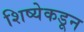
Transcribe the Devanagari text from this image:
शिष्येकडून